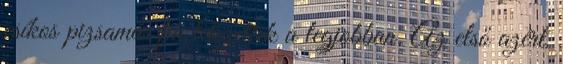
csíkos pizsamás fiú tetszettek a legjobban. Az első azért,